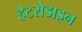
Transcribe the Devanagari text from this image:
हेटरोडाइन